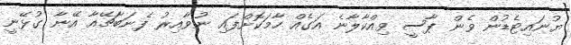
ޔުނައިޓެޑުން ވެން ޕާސީ ވިއްކާލާނެ އަގެއް ހާމަކޮށްފައި ނުވާއިރު ފެނަބާޗޭއާ އޭނާ ގުޅޭނީ